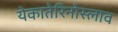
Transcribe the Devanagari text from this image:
येकातेरिनोस्लाव